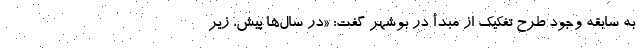
به سابقه وجود طرح تفکیک از مبدأ در بوشهر گفت: «در سال‌ها پیش، زیر